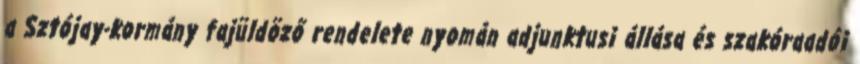
a Sztójay-kormány fajüldöző rendelete nyomán adjunktusi állása és szakóraadói